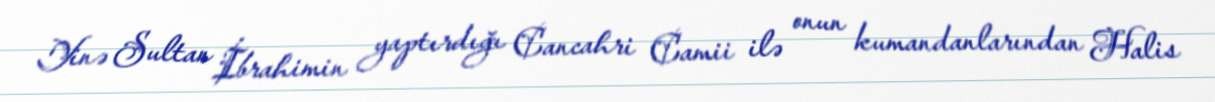
Yinə Sultan İbrahimin yaptırdığı Cancahri Camii ilə onun kumandanlarından Halis